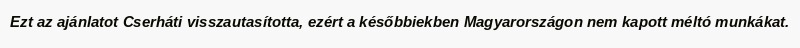
Ezt az ajánlatot Cserháti visszautasította, ezért a későbbiekben Magyarországon nem kapott méltó munkákat.